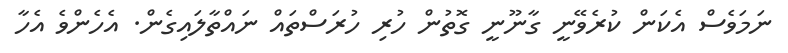
ނަމަވެސް އެކަން ކުރެވޭނީ ގާނޫނީ ގޮތުން ހުރި ހުރަސްތައް ނައްތާލައިގެން. އެހެންވެ އެހާ